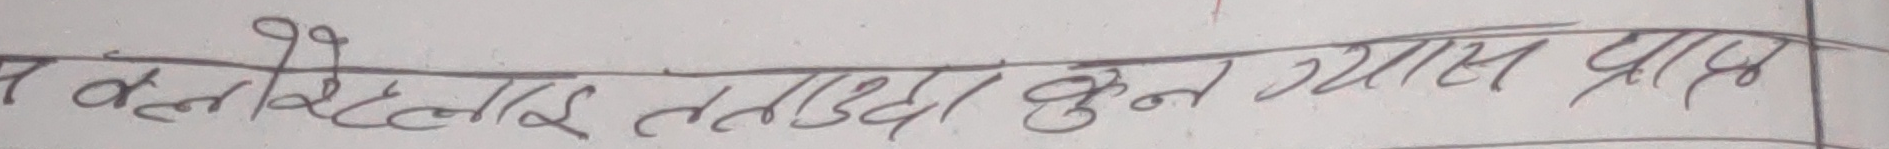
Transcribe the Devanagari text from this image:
वर्कलाइ तत्ताउछा हुन यास प्राप्त